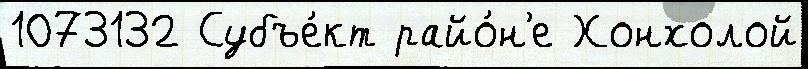
1073132 Субъе́кт райо́н'е Хонхолой